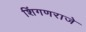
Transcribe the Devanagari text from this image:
शिंगणराजे